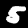
Label: 5